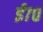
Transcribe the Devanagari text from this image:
ई७०